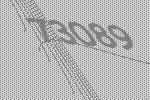
73089